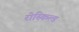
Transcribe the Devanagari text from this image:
रोस्किल्ड